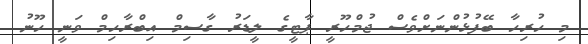
މި ހުރިހާ ބޭފުޅުންނަށްވެސް ޖުމްހޫރީ ޕާޓީގެ ލީޑަރު ގާސިމް އިބްރާހިމް ވަނީ ހޫނު